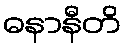
ဓနာနီတိ